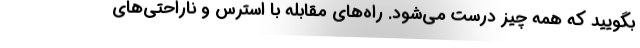
بگویید که همه چیز درست می‌شود. راه‌های مقابله با استرس و ناراحتی‌های